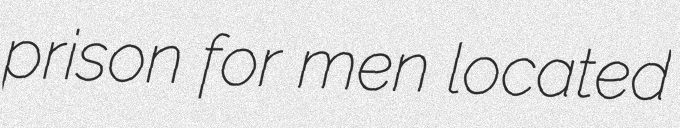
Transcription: prison for men located